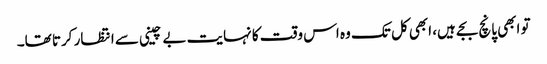
تو ابھی پانچ بجے ہیں، ابھی کل تک وہ اس وقت کا نہایت بے چینی سے انتظار کرتا تھا۔